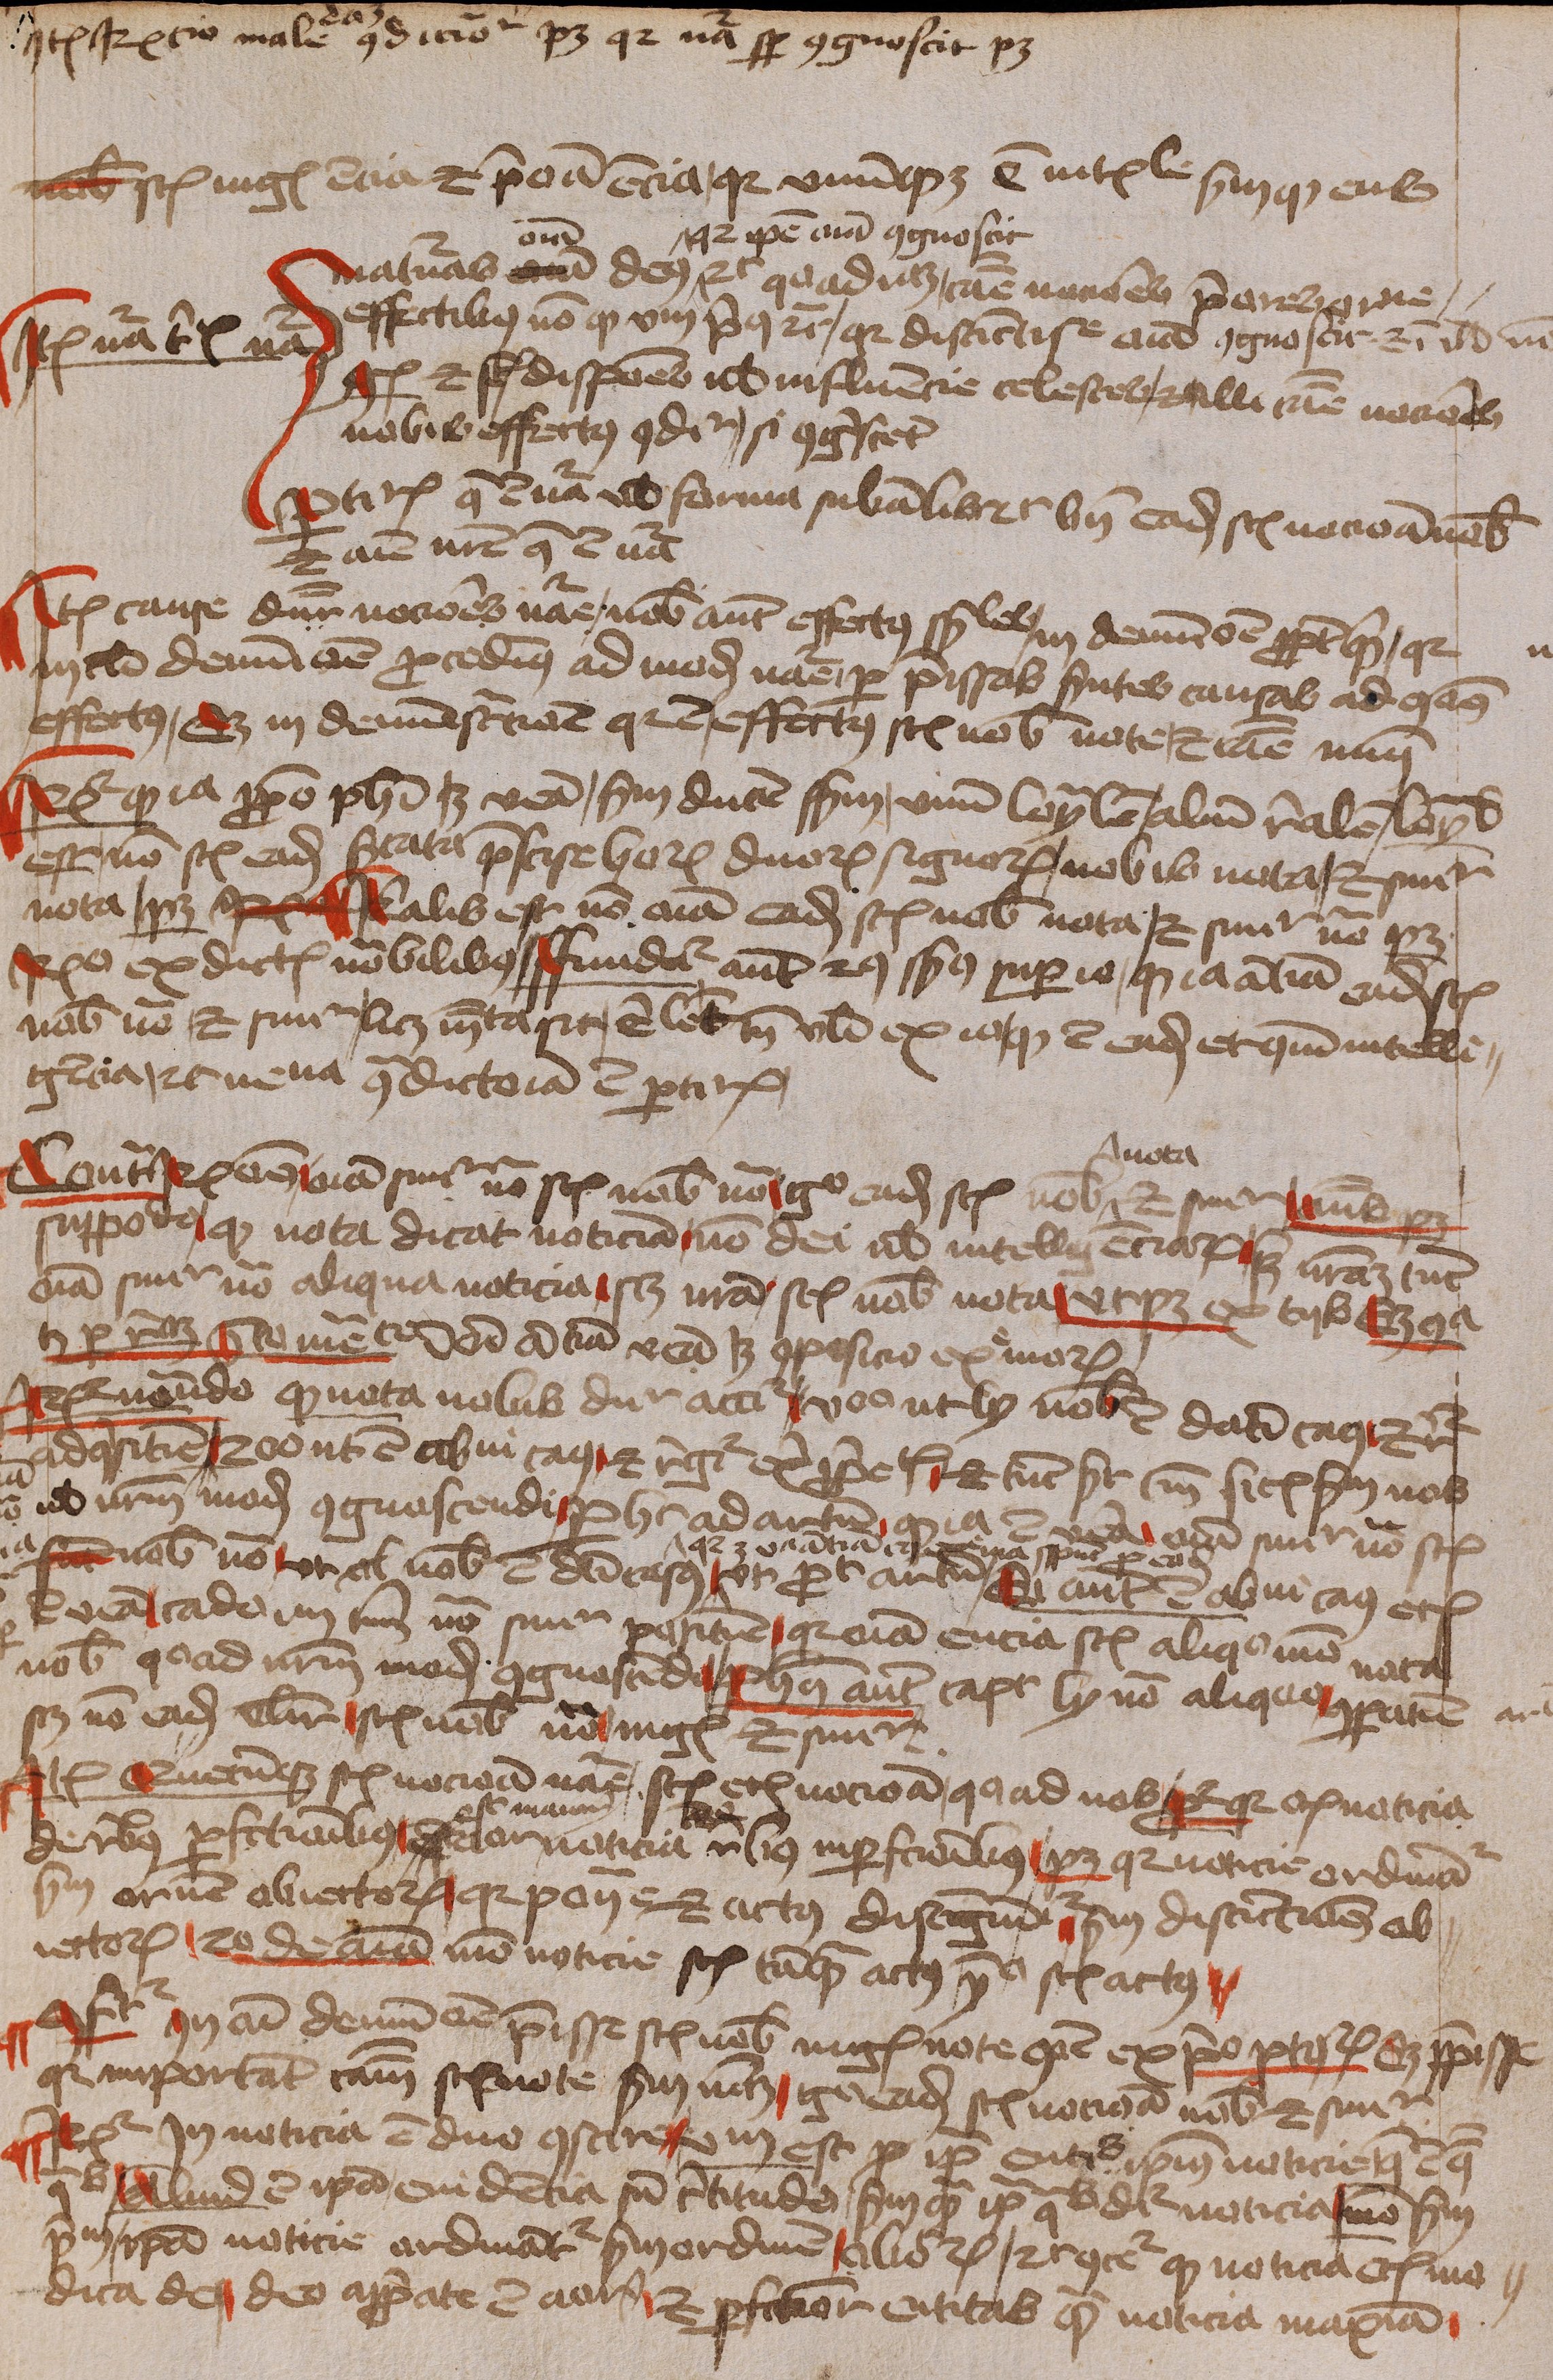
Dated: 1450–1474